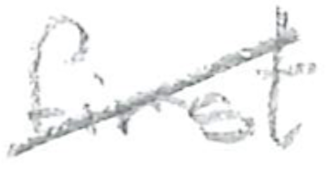
Text: first
Cross-out: diagonal
Writing tool: pencil